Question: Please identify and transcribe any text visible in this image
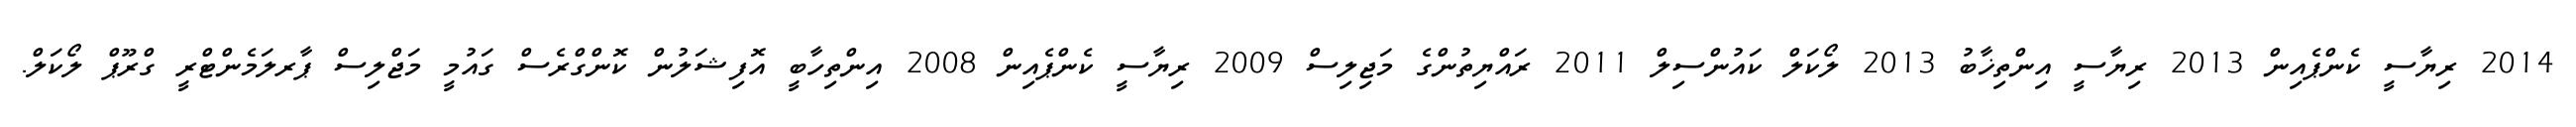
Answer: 2014 ރިޔާސީ ކެންޕެއިން 2013 ރިޔާސީ އިންތިޚާބު 2013 ލޯކަލް ކައުންސިލް 2011 ރައްޔިތުންގެ މަޖިލިސް 2009 ރިޔާސީ ކެންޕެއިން 2008 އިންތިހާބީ އޮފިޝަލުން ކޮންގްރެސް ގައުމީ މަޖްލިސް ޕާރލަމެންޓްރީ ގްރޫޕް ލޯކަލް.